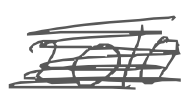
Text: 2010
Cross-out: mix
Writing tool: digital_gray